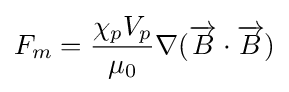
F_{m}={\frac {\chi _{p}V_{p}}{\mu _{0}}}\nabla ({\overrightarrow {B}}\cdot {\overrightarrow {B}})